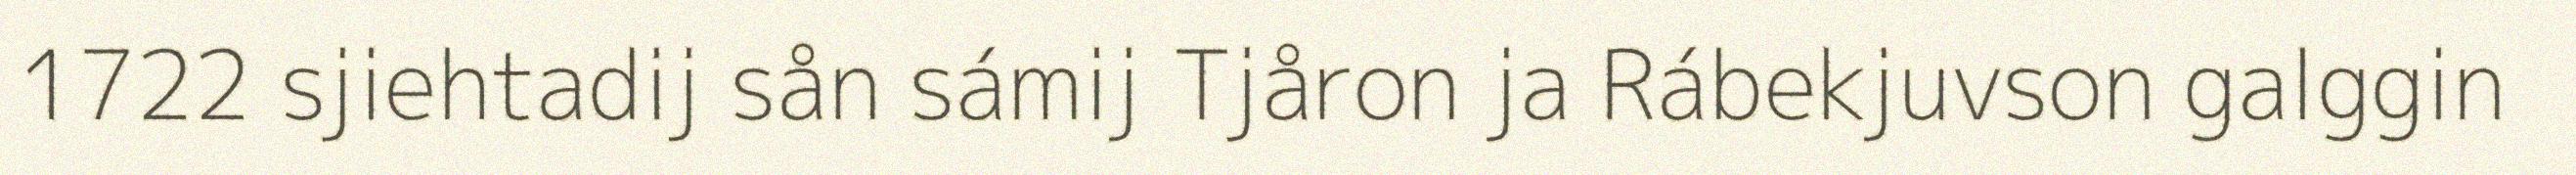
1722 sjiehtadij sån sámij Tjåron ja Rábekjuvson galggin